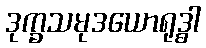
ဒုက္ခသမုဒယောရုဒ္ဓါ